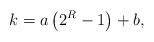
LaTeX: \begin{align*}k=a\left( 2^R-1\right) +b,\end{align*}